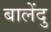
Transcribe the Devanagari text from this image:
बालेंदु